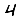
Digit: 4